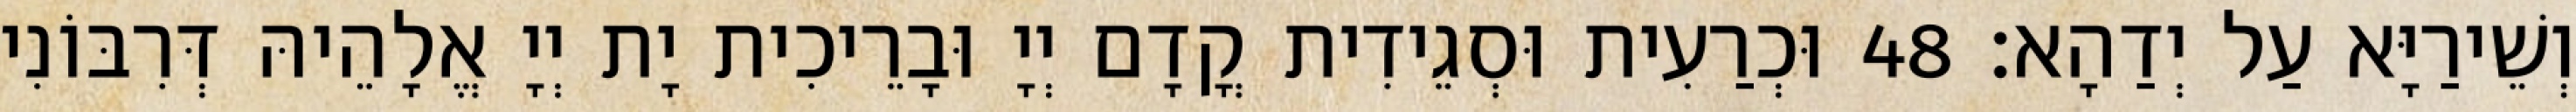
וְשֵׁירַיָּא עַל יְדַהָא׃ 48 וּכְרַעִית וּסְגֵידִית קֳדָם יְיָ וּבָרֵיכִית יָת יְיָ אֱלָהֵיהּ דְּרִבּוֹנִי